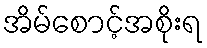
အိမ်စောင့်အစိုးရ